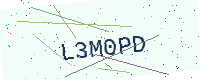
Text: L3M0PD